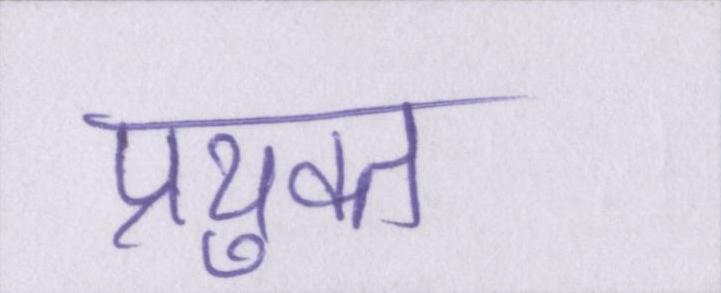
प्रयुक्त